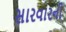
સારવારની